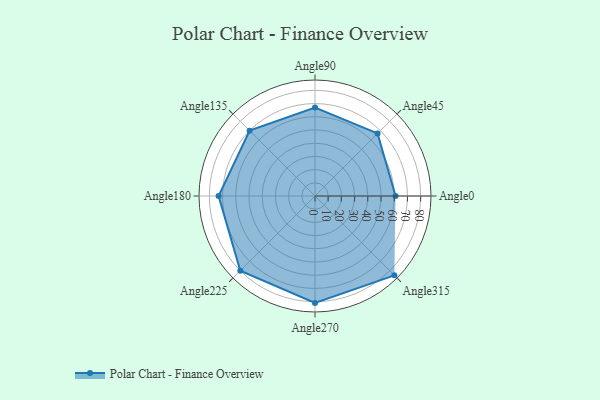
{"axis": {"x": "Angle", "y": "Radius"}, "legend": [""], "data": [{"x": "Angle0", "y": 61.0, "type": ""}, {"x": "Angle45", "y": 67.0, "type": ""}, {"x": "Angle90", "y": 67.0, "type": ""}, {"x": "Angle135", "y": 70.0, "type": ""}, {"x": "Angle180", "y": 73.0, "type": ""}, {"x": "Angle225", "y": 80.0, "type": ""}, {"x": "Angle270", "y": 81.0, "type": ""}, {"x": "Angle315", "y": 85.0, "type": ""}]}